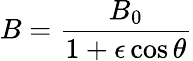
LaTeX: B=\frac{B_{0}}{1+\epsilon\cos\theta}